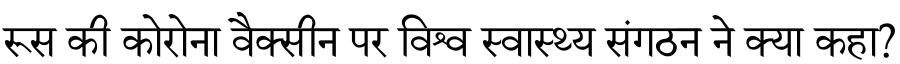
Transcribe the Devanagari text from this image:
रूस की कोरोना वैक्सीन पर विश्व स्वास्थ्य संगठन ने क्या कहा?